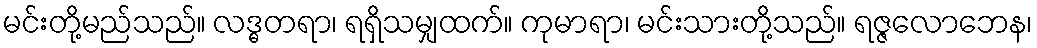
မင်းတို့မည်သည်။ လဒ္ဓတရာ၊ ရရှိသမျှထက်။ ကုမာရာ၊ မင်းသားတို့သည်။ ရဇ္ဇလောဘေန၊